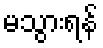
မသွားရန်